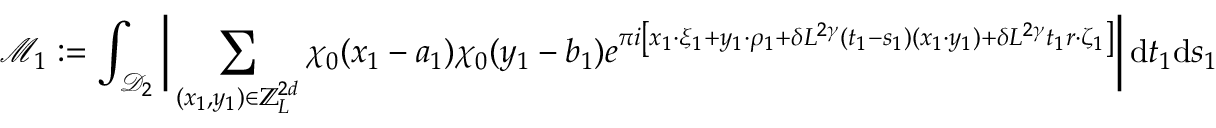
\mathcal M _ { 1 } : = \int _ { \mathcal D _ { 2 } } \bigg | \sum _ { ( x _ { 1 } , y _ { 1 } ) \in \mathbb Z _ { L } ^ { 2 d } } \chi _ { 0 } ( { x _ { 1 } - a _ { 1 } } ) \chi _ { 0 } ( { y _ { 1 } - b _ { 1 } } ) e ^ { \pi i \left[ x _ { 1 } \cdot \xi _ { 1 } + y _ { 1 } \cdot \rho _ { 1 } + \delta L ^ { 2 \gamma } ( t _ { 1 } - s _ { 1 } ) ( x _ { 1 } \cdot y _ { 1 } ) + \delta L ^ { 2 \gamma } t _ { 1 } r \cdot \zeta _ { 1 } \right] } \bigg | \, \mathrm { d } t _ { 1 } \mathrm { d } s _ { 1 }